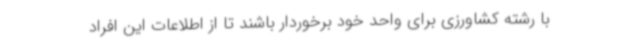
با رشته کشاورزی برای واحد خود برخوردار باشند تا از اطلاعات این افراد